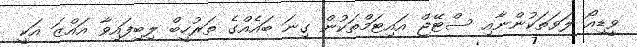
ވީޑިއޯ ލަވަތަކުންނާއި ސްޓޭޖް އައިޓަމްތަކުން ގިނަ ބައެއްގެ ތަރުހީބް ލިބިފައިވާ އައްޒަ އަކީ